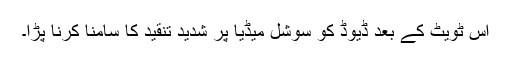
اس ٹویٹ کے بعد ڈیوڈ کو سوشل میڈیا پر شدید تنقید کا سامنا کرنا پڑا۔